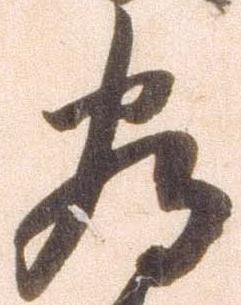
為